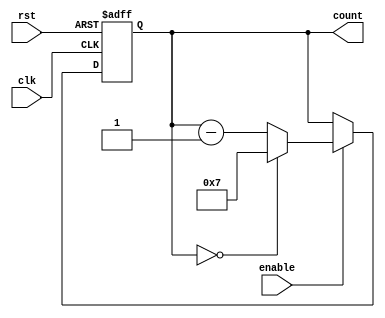
module modulo_n_down_counter (
  input wire clk,
  input wire rst,
  input wire enable,
  output reg [N-1:0] count
);

parameter N = 8; // define the preset value N

always @(posedge clk or posedge rst) begin
  if (rst) begin
    count <= N-1;
  end else begin
    if (enable) begin
      if (count == 0) begin
        count <= N-1;
      end else begin
        count <= count - 1;
      end
    end
  end
end

endmodule